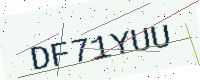
Text: DF71YUU